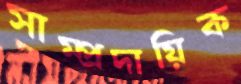
সাম্প্রদায়িক